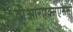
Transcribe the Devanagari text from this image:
वीआरएक्सएससी